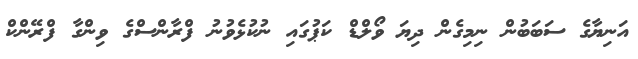
އަނިޔާގެ ސަބަބުން ނިމިގެން ދިޔަ ވޯލްޑް ކަޕުގައި ނުކުޅެވުނު ފްރާންސްގެ ވިންގާ ފްރޭންކް